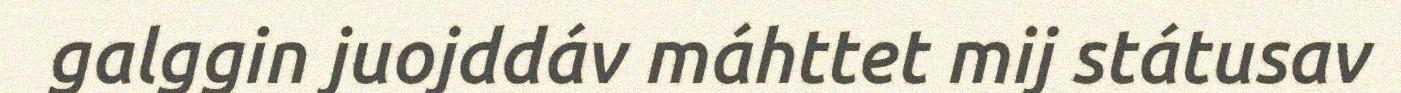
galggin juojddáv máhttet mij státusav